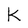
Character: K